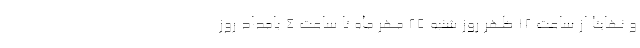
و نهایتا از ساعت ۱۲ ظهر روز شنبه ۲۵ مهر ماه تا ساعت ۴ بامداد روز